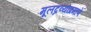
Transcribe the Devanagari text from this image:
मूलद्रव्यांप्रमाणे